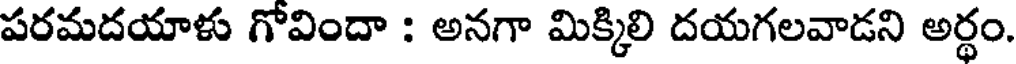
పరమదయాళు గోవిందా : అనగా మిక్కిలి దయగలవాడని అర్థం.